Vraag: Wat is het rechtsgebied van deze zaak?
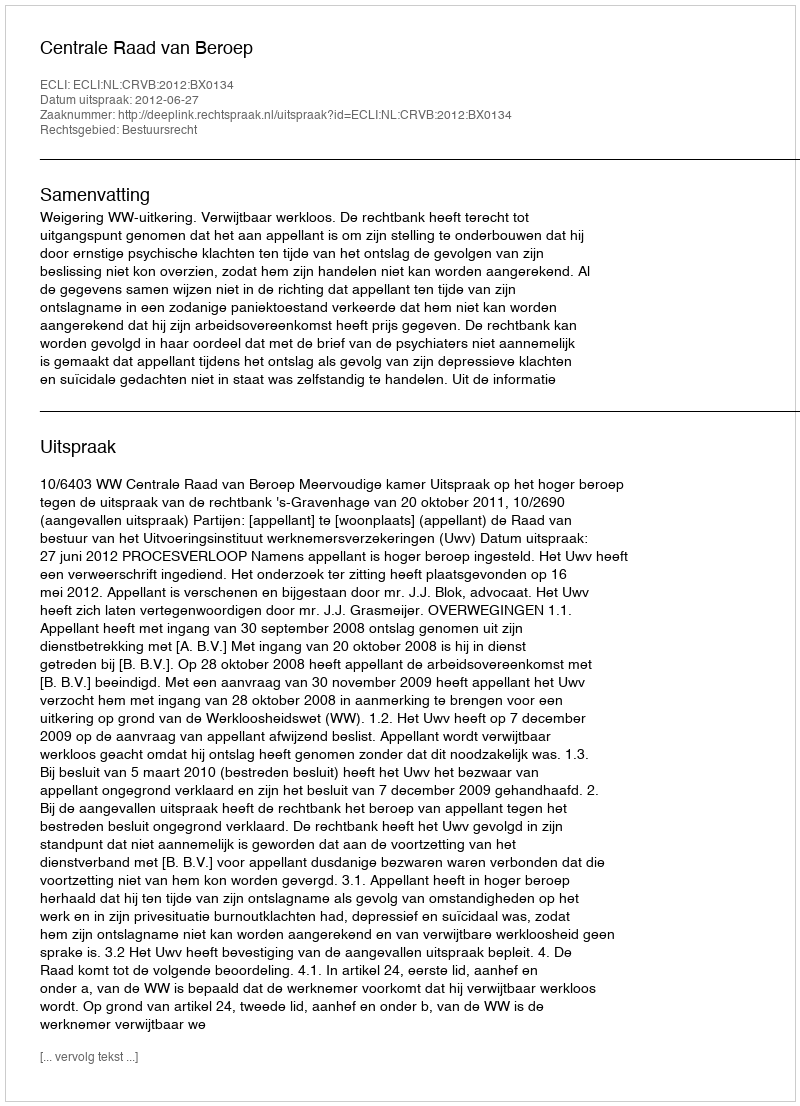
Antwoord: Bestuursrecht